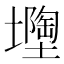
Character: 𡒘